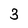
Character: 3